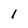
Character: l